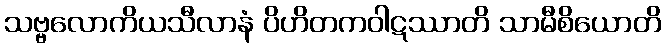
သဗ္ဗလောကိယသီလာနံ ပိဟိတကဝါဋဿာတိ သာမီစိယောတိ